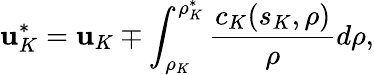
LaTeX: \mathbf{u}_{K}^{*}=\mathbf{u}_{K}\mp\int_{\rho_{K}}^{\rho_{K}^{*}}\frac{{c_{K}(s_{K},\rho)}}{{\rho}}d\rho,